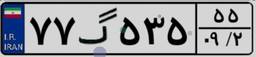
۷۷گ۵۳۵۵۵